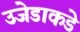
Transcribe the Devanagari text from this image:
उजेडाकडे